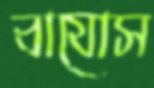
বাযোস